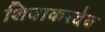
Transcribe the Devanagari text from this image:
शिवाकरदेव